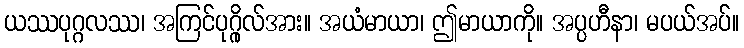
ယဿပုဂ္ဂလဿ၊ အကြင်ပုဂ္ဂိုလ်အား။ အယံမာယာ၊ ဤမာယာကို။ အပ္ပဟီနာ၊ မပယ်အပ်။